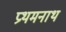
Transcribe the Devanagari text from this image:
प्रथमनाथ